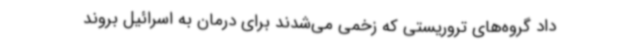
داد گروه‌های تروریستی که زخمی می‌شدند برای درمان به اسرائیل بروند